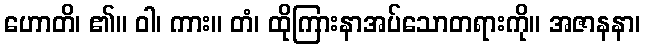
ဟောတိ၊ ၏။ ဝါ၊ ကား။ တံ၊ ထိုကြားနာအပ်သောတရားကို။ အဇာနနာ၊